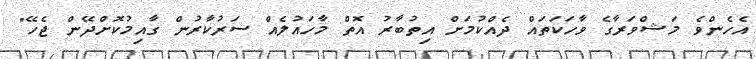
އެހެންވެ މަޝްވަރާގެ ވާހަކަތައް ދެއްކުމަށް އިތުބާރު އޮތް މާހައުލެއް ސަރުކާރުން ގާއިމުކޮށްދޭން ޖެހޭ"